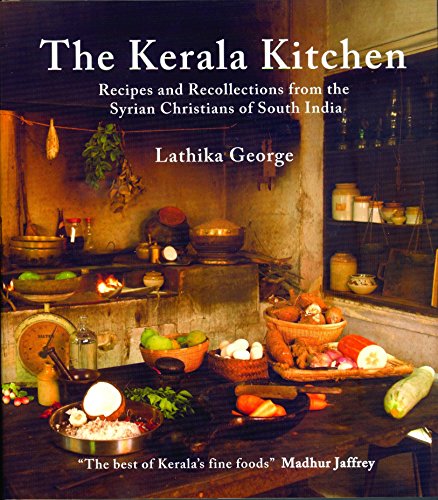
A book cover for The Kerala Kitchen: Recipes and Recollections from the Syrian Christians of South India (Hippocrene Cookbook Library); Lathika George; Cookbooks, Food & Wine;